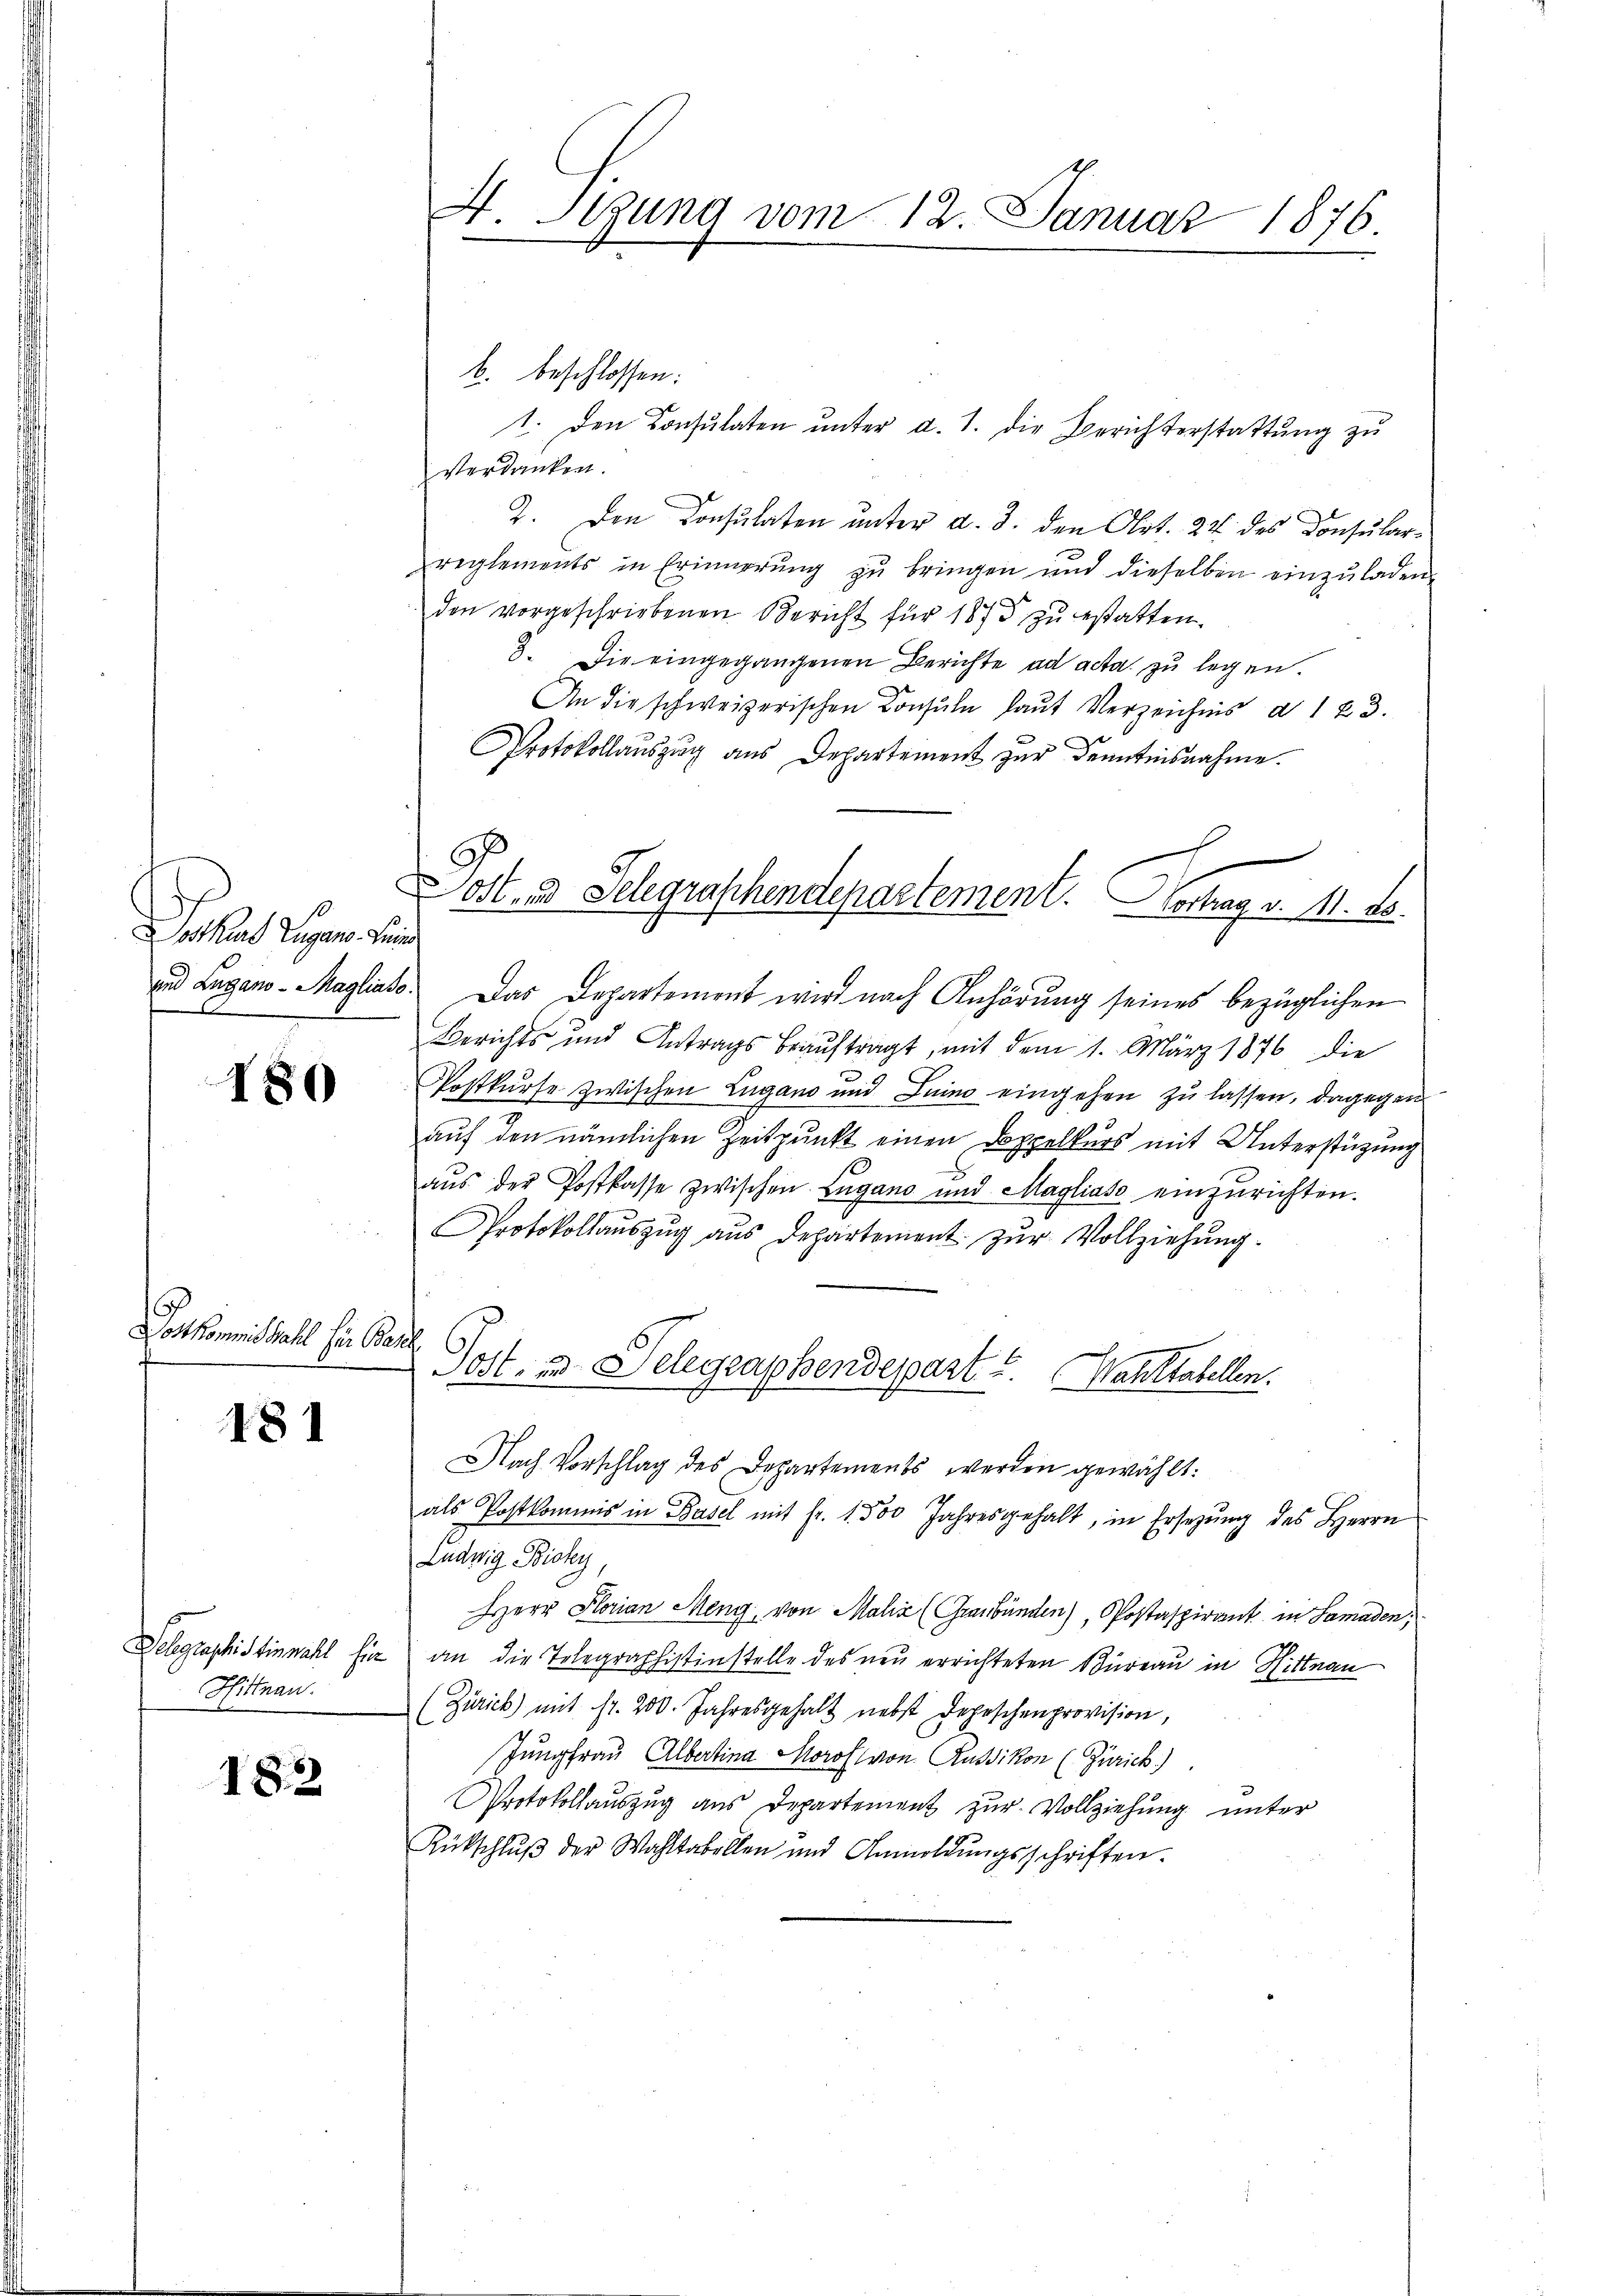
Dothas Eigen sein
.

180

s
Lottkommis Wahl für Ba

181

Delegraphistinmahl hie
Hittnau.

182

H. Stzung vom 12. Januar 1876.

b. beschlossen:
1. Den Consulaten ŭnter d. 1. die Berichterstattŭng zu
verdanken.
2. Den Consulaten unter d. d. den Art. 24 des Konsularreglements in Erinnerŭng zŭ bringen und dieselben einzŭladen
den vorgeschriebenen Bericht für 1873 zu estatten.
3. Die eingegangenen Berichte ad acta zu legen.
An die schweizerischen Consuln laut Verzeichnis d 123.
Protokollauszug aus Departement zur Kenntnisnahme.
und Lugano-Magliase. Das Departement wird nach Anhörung seines bezüglichen
Berichts und Antrags beauftragt, mit dem 1. März 1876 die
Postkurse zwischen Lugano und Luino eingehen zu lassen, dagegen
auf den nämlichen Zeitpunkt einen Doppelkurs mit Unterstützung
u
aŭs der Postkasse zwischen Lugano und Magliato einzurichten.
Protokollauszug aus Departement zur Vollziehung.
a
Post, in Delegraphendepart u. Wahltabellen.
Nach Vorschlag des Departements werden gewählt:
als Postkommis in Basel mit fr. 1 500 Jahresgehalt, in Ersezung des Herrn
Ludwig Bisky
Herr Florian Meng, von Malić (Graubünden), Postaspirant in Samaden,
an die Telegraphistinstelle des neu errichteten Büreau in Hittnau
(Zürich) mit fr. 200. Jahresgehalt nebst Depeschenprovision,
Jungfrau Albertina Morof von Russikon (Zürich)
Protokollauszug aus Departement zur Vollziehung unter
Rückschlŭβ der Wahltabellen und Anmeldŭngsschriften.

e
Dost- & Gelegraphendepartement. Vortrag v. 11. ds.